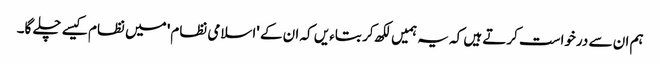
ہم ان سے درخواست کرتے ہیں کہ یہ ہمیں لکھ کر بتاءیں کہ ان کے 'اسلامی نظام' میں نظام کیسے چلے گا۔